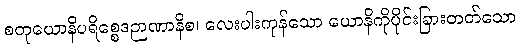
စတုယောနိပရိစ္စေဒဉာဏာနိစ၊ လေးပါးကုန်သော ယောနိကိုပိုင်းခြားတတ်သော